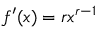
f ^ { \prime } ( x ) = r x ^ { r - 1 }